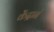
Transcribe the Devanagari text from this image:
केंद्रानं